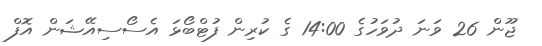
ޖޫން 26 ވަނަ ދުވަހުގެ 14:00 ގެ ކުރިން ފުޓްބޯޅަ އެސޯސިއޭޝަން އޮފް